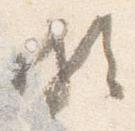
頗